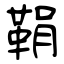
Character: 鞙